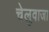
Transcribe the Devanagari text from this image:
चेलुवाजा